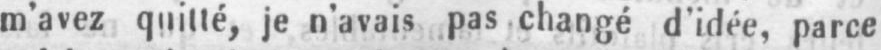
m’avez quitté, je n’avais pas changé d’idée, parce